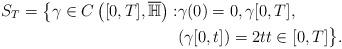
LaTeX: \begin{align*}S_T = \big\{\gamma \in C\left([0,T], \overline{\mathbb{H}}\right):& \gamma(0)=0, \gamma[0,T] , \\&(\gamma[0,t]) = 2t t\in [0,T] \big\}.\end{align*}